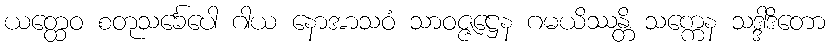
ယတ္ထေဝ စတုသင်္ခေပေါ ဂါယ နောအာသဝံ သာဝဇ္ဇဋ္ဌေန ဂမယိဿန္တိ သက္ကေန သဒ္ဒါဒိတော